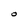
Character: O